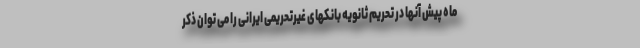
ماه پیش آنها در تحریم ثانویه بانکهای غیرتحریمی ایرانی را می توان ذکر